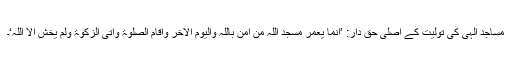
مساجد الٰہی کی تولیت کے اصلی حق دار: ’اِنَّمَا یَعْمُرُ مَسٰجِدَ اللّٰہِ مَنْ اٰمَنَ بِاللّٰہِ وَالْیَوْمِ الْاٰخِرِ وَاَقَامَ الصَّلٰوۃَ وَاٰتَی الزَّکٰوۃَ وَلَمْ یَخْشَ اِلَّا اللّٰہَ‘۔